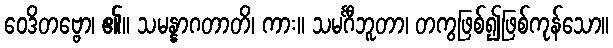
ဝေဒိတဗ္ဗော၊ ၏။ သမန္နာဂတာတိ၊ ကား။ သမင်္ဂီဘူတာ၊ တကွဖြစ်၍ဖြစ်ကုန်သော။